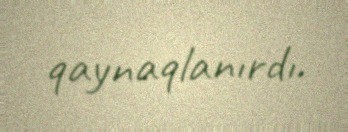
qaynaqlanırdı.